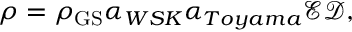
\rho = \rho _ { \mathrm { G S } } \alpha _ { { W S K } } \alpha _ { T o y a m a } \mathcal { E } \mathcal { D } ,